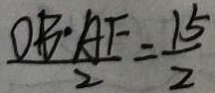
\frac { D B \cdot A F } { 2 } = \frac { 1 5 } { 2 }